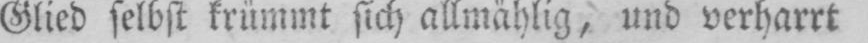
Glied selbst krümmt sich allmählig, und verharrt